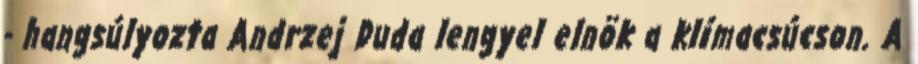
- hangsúlyozta Andrzej Duda lengyel elnök a klímacsúcson. A